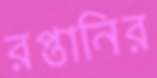
রপ্তানির